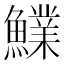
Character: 𩼋